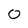
Character: 0